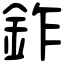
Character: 鈼